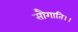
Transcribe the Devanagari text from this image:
सौगाति।।